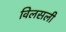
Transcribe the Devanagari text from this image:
विलसली